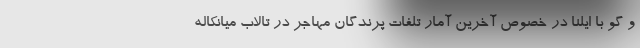
و گو با ایلنا در خصوص آخرین آمار تلفات پرندگان مهاجر در تالاب میانکاله